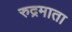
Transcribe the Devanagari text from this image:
रुद्रमाता